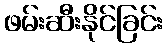
ဖမ်းဆီးနိုင်ခြင်း